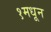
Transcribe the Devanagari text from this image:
१मधून